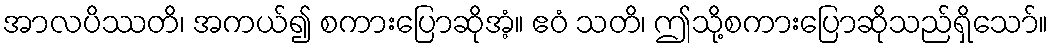
အာလပိဿတိ၊ အကယ်၍ စကားပြောဆိုအံ့။ ဧဝံ သတိ၊ ဤသို့စကားပြောဆိုသည်ရှိသော်။